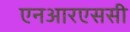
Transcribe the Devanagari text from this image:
एनआरएससी